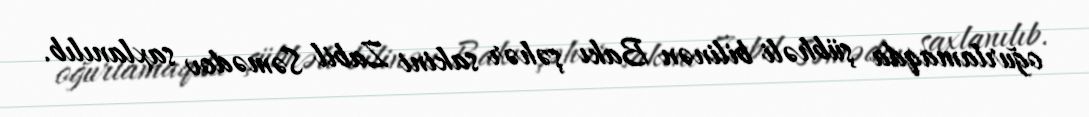
oğurlamaqda şübhəli bilinən Bakı şəhər sakini Zabil Səmədov saxlanılıb.